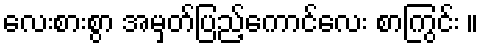
လေးစားစွာ အမှတ်ပြည့်ကောင်လေး စာကြွင်း ။